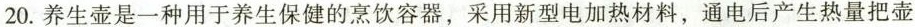
20. 养生壶是一种用于养生保健的烹饮容器，采用新型电加热材料，通电后产生热量把壶